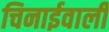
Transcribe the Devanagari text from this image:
चिनाईवालीं